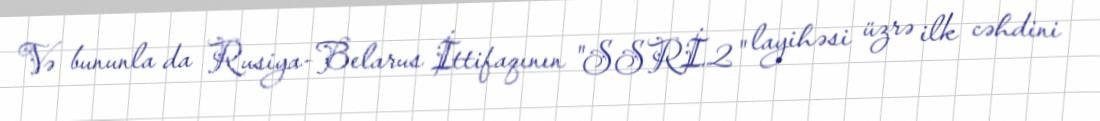
Və bununla da Rusiya-Belarus İttifaqının "SSRİ.2" layihəsi üzrə ilk cəhdini